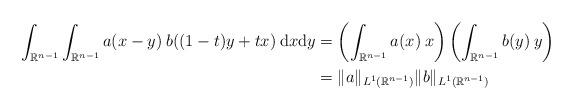
LaTeX: \begin{align*}\int_{\mathbb{R}^{n-1}}\int_{\mathbb{R}^{n-1}}a(x-y)\:b((1-t)y+tx)\:\textup{d}x\textup{d}y &= \left(\int_{\mathbb{R}^{n-1}}a(x)\:x\right)\left(\int_{\mathbb{R}^{n-1}}b(y)\:y\right) \\&=\|a\|_{L^1(\mathbb{R}^{n-1})}\|b\|_{L^1(\mathbb{R}^{n-1})}\end{align*}